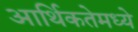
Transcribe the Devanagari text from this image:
आर्थिकतेमध्ये